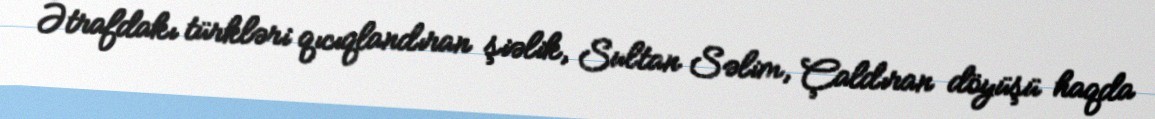
Ətrafdakı türkləri qıcıqlandıran şiəlik, Sultan Səlim, Çaldıran döyüşü haqda